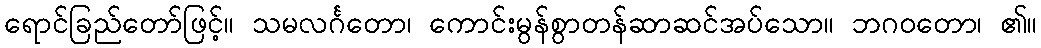
ရောင်ခြည်တော်ဖြင့်။ သမလင်္ဂတော၊ ကောင်းမွန်စွာတန်ဆာဆင်အပ်သော။ ဘဂဝတော၊ ၏။